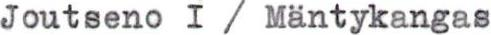
Joutseno I / Mäntykangas